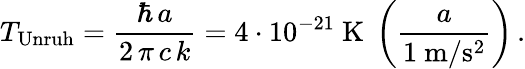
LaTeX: T_{\mathrm{Unruh}}=\frac{\hbar\, {a}}{2\, \pi\, c\, k}={4\cdot 10^{-21}\ \mathrm{K}}\ \left(\frac{a}{1\ \mathrm{m}/\mathrm{s}^{2}}\right)\, .